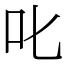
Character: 叱